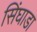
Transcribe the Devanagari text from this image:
सिंघाडा